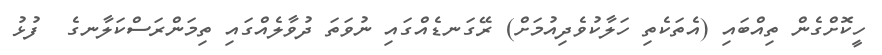
ހީކޮށްގެން ތިއްބައި (އެތަކެތި ހަލާކުވެދިއުމަށް) ރޭގަނޑެއްގައި ނުވަތަ ދުވާލެއްގައި ތިމަންރަސްކަލާނގެ  ފުޅު